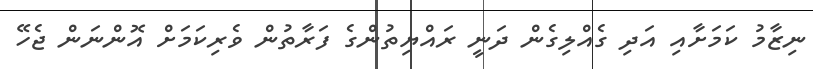
ނިޒާމު ކަމަށާއި އަދި ގެއްލިގެން ދަނީ ރައްޔިތުންގެ ފަރާތުން ވެރިކަމަށް އޮންނަން ޖެހޭ